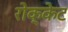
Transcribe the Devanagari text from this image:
रोक्केट